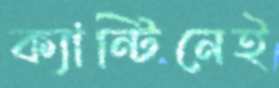
ক্যান্টিনেই